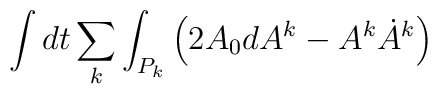
\int dt\sum_k\int_{P_k}\left( 2A_0dA^k-A^k\dot A^k\right)